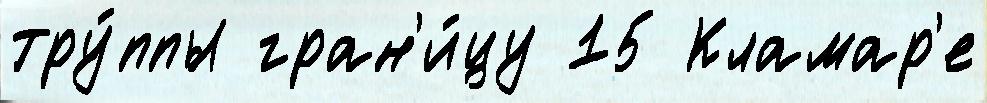
тру́ппы гран'и́цу 15 Кламар'е